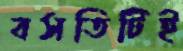
বসতিটিই